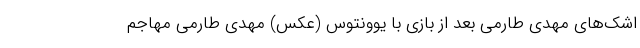
اشک‌های مهدی طارمی بعد از بازی با یوونتوس (عکس) مهدی طارمی مهاجم